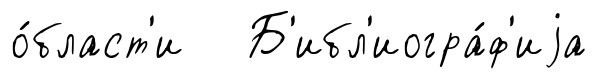
о́бласт'и Б'ибл'иогра́ф'иjа